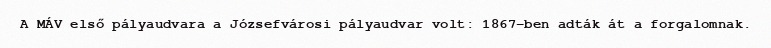
A MÁV első pályaudvara a Józsefvárosi pályaudvar volt: 1867-ben adták át a forgalomnak.